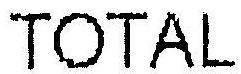
TOTAL